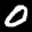
Label: 0